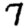
Digit: 7